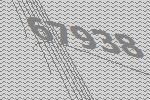
67938